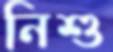
নিশু